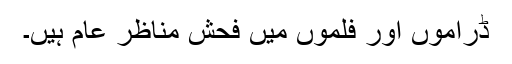
ڈراموں اور فلموں میں فحش مناظر عام ہیں۔